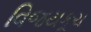
વિજયકૂચ